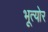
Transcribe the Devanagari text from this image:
भूत्योर